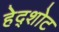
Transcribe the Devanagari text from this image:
हेद्शोट